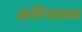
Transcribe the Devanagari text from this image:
आर्तिनाशक